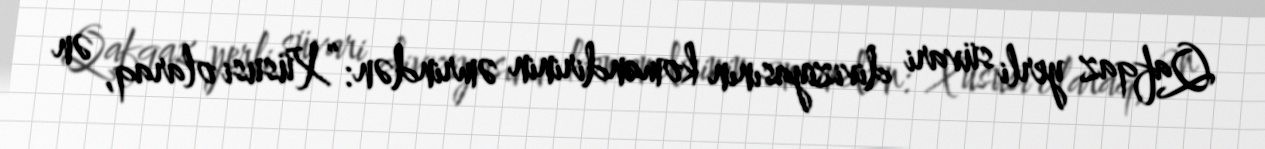
Qafqaz yerli süvari diviziyasının komandirinin əmrindən: “Xüsusi olaraq, ən